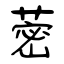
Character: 蔤